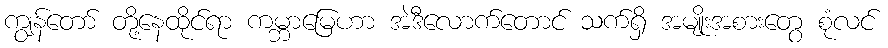
ကျွန်တော် တို့နေထိုင်ရာ ကမ္ဘာမြေဟာ အဲဒီလောက်တောင် သက်ရှိ အမျိုးအစားတွေ စုံလင်